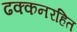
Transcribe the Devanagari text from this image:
ढक्कनरहित